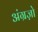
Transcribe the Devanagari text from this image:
अंग्रज़ो